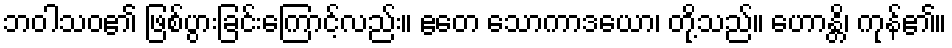
ဘဝါသဝ၏ ဖြစ်ပွားခြင်းကြောင့်လည်း။ ဧတေ သောကာဒယော၊ တို့သည်။ ဟောန္တိ၊ ကုန်၏။